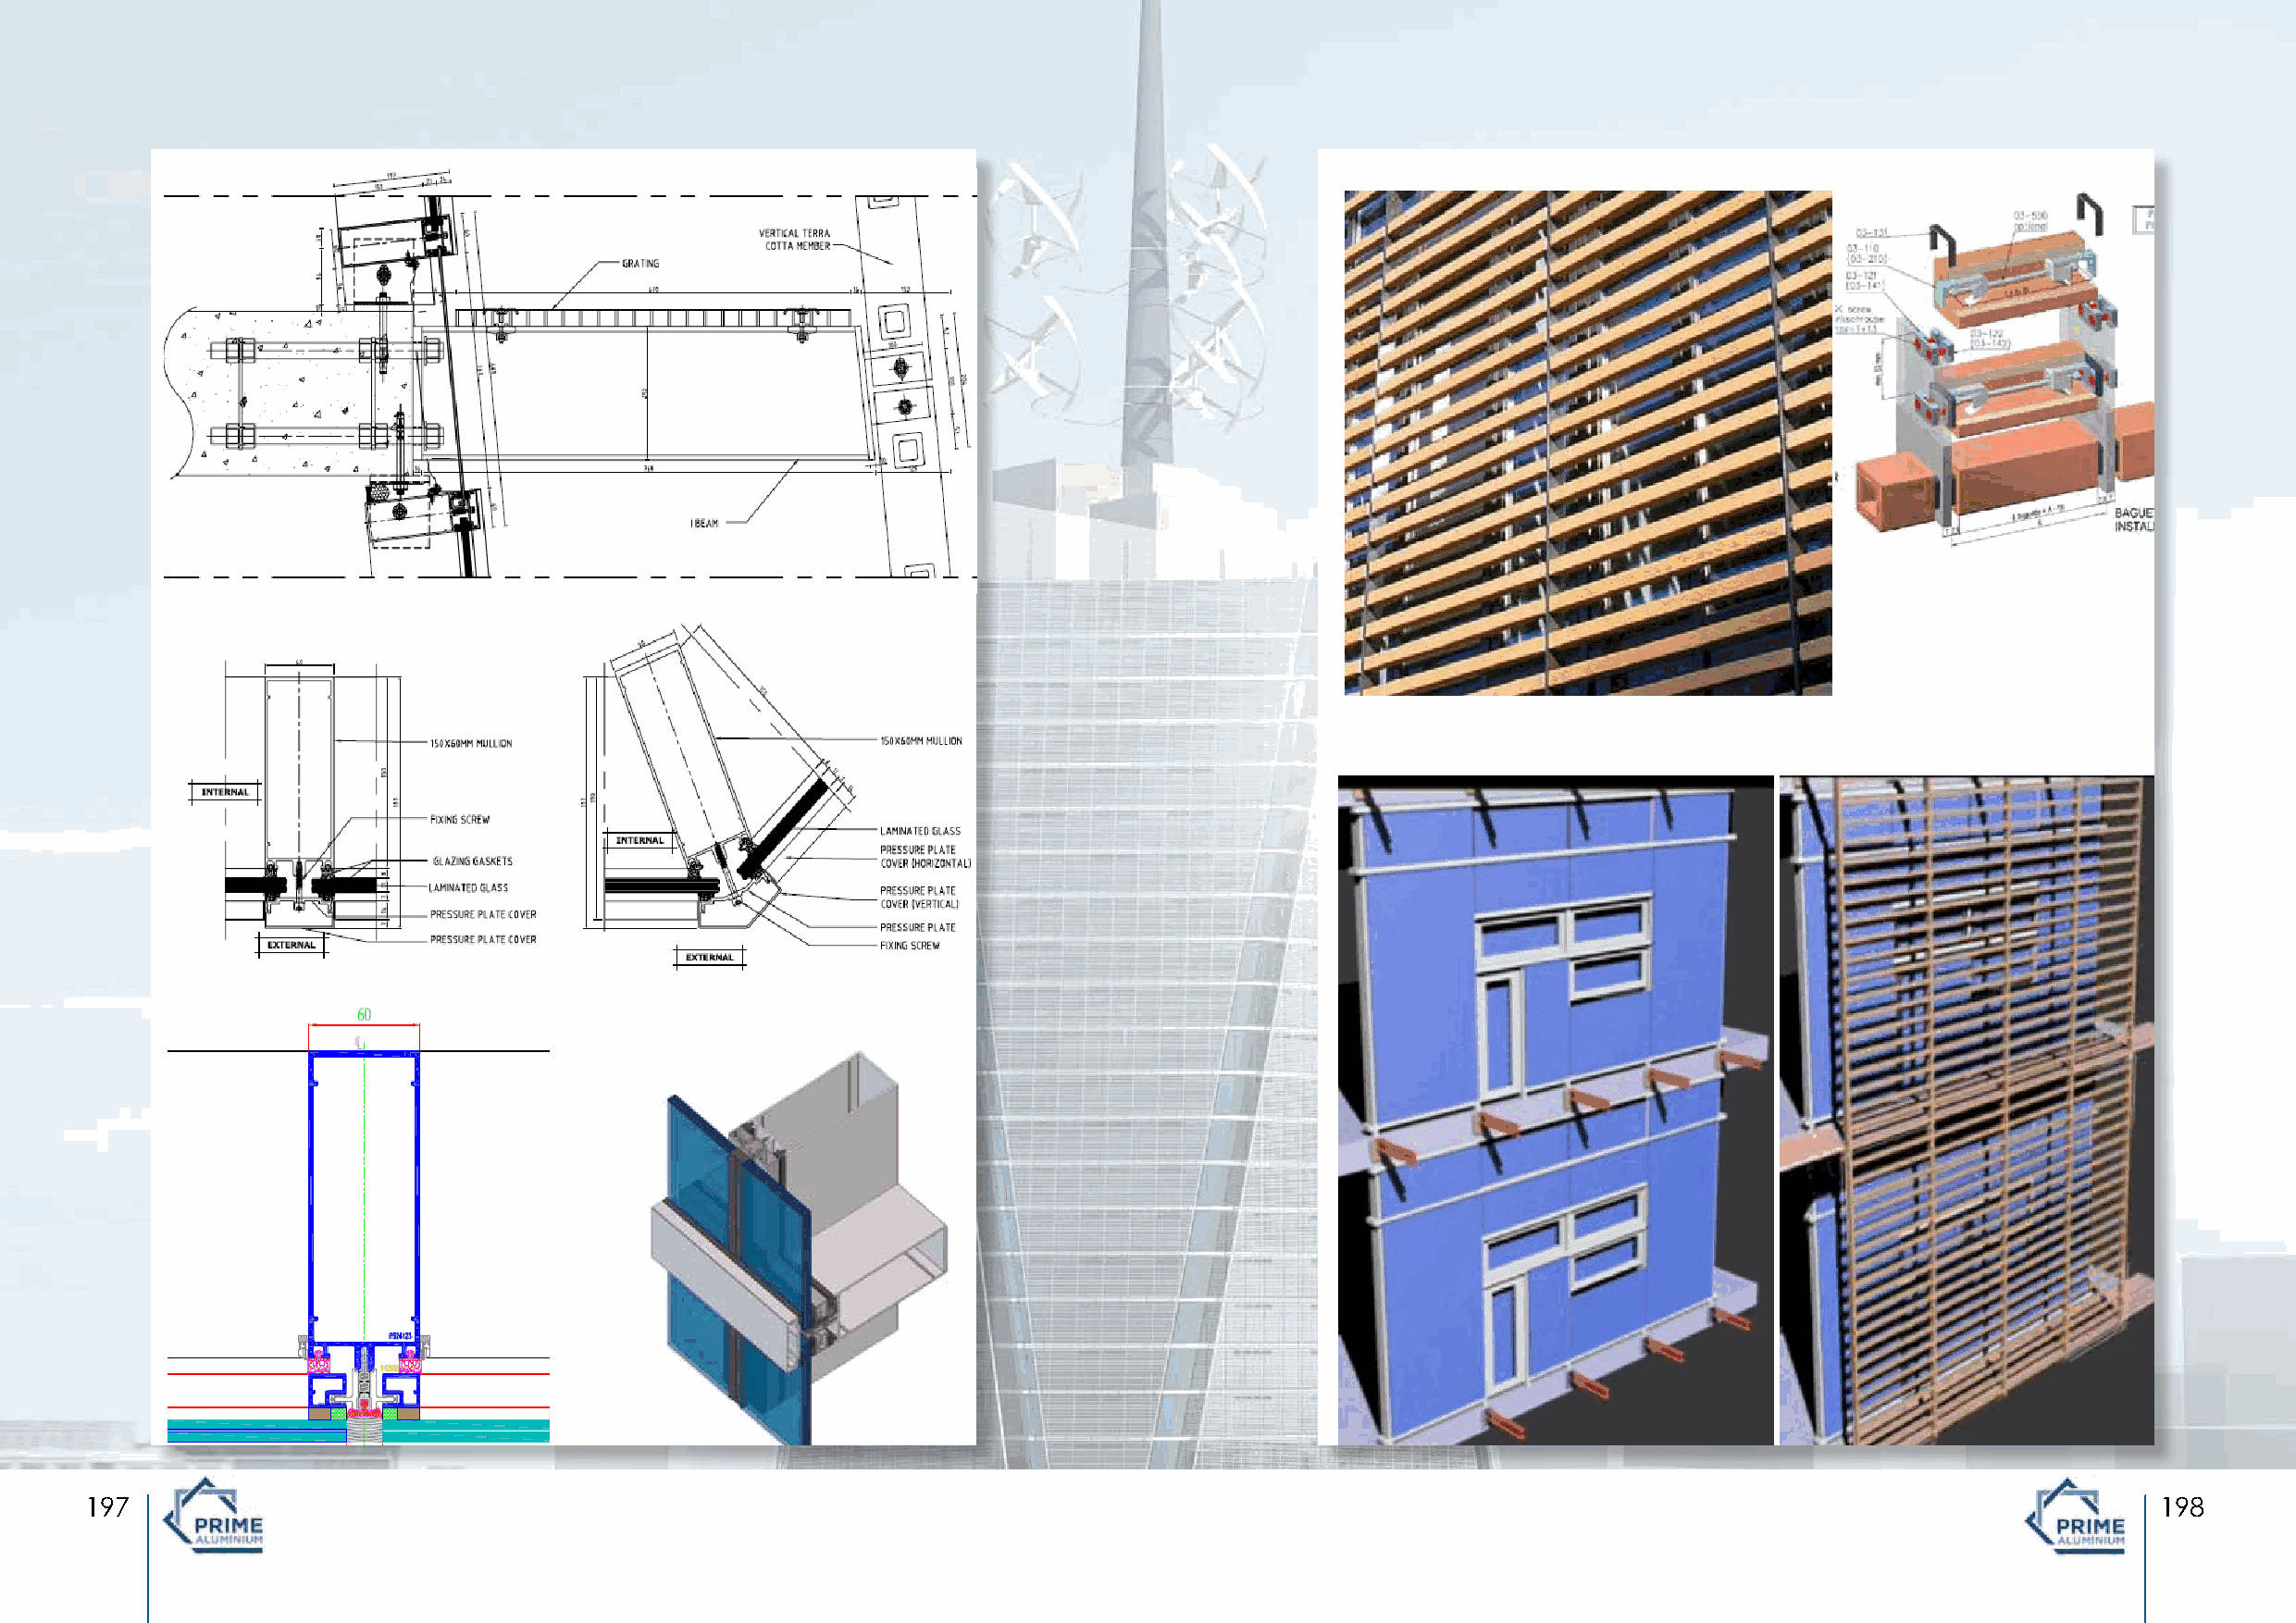
197                                                                                                                                                 198